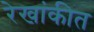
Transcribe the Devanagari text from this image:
रेखांकीत